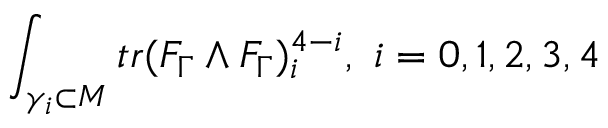
\int _ { \gamma _ { i } \subset M } t r ( F _ { \Gamma } \wedge F _ { \Gamma } ) _ { i } ^ { 4 - i } , \, \, i = 0 , 1 , 2 , 3 , 4